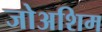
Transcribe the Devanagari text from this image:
जोअशिम